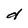
Character: d